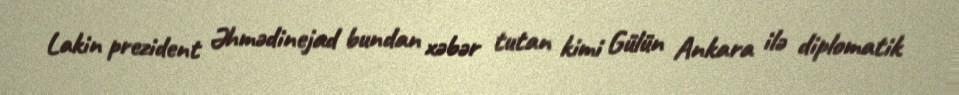
Lakin prezident Əhmədinejad bundan xəbər tutan kimi Gülün Ankara ilə diplomatik